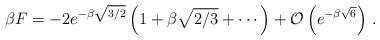
LaTeX: \begin{align*}\beta F = -2 e^{-\beta \sqrt{3/2}} \left(1 + \beta \sqrt{2/3} + \cdots\right)+ {\cal O}\left(e^{-\beta \sqrt{6}}\right) \,.\end{align*}